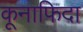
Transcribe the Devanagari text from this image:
कूनाफिदा